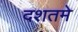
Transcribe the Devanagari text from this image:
दशतमे